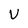
Character: V